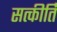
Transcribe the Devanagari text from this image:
सत्कीर्ति